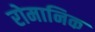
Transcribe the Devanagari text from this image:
रोमानिक